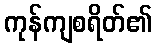
ကုန်ကျစရိတ်၏